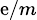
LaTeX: \scriptstyle{\mathrm{e}/m}